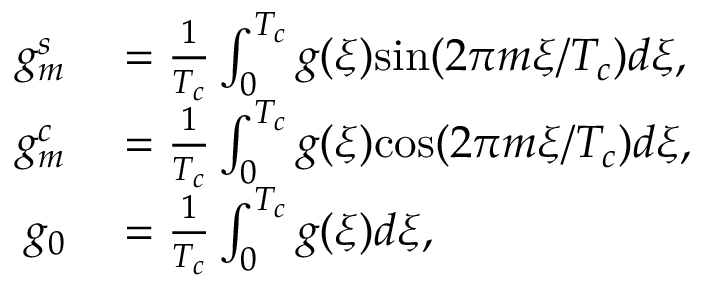
\begin{array} { r l } { g _ { m } ^ { s } } & { { } = \frac { 1 } { T _ { c } } \int _ { 0 } ^ { T _ { c } } g ( \xi ) \mathrm { s i n } ( 2 \pi m \xi / T _ { c } ) d \xi , } \\ { g _ { m } ^ { c } } & { { } = \frac { 1 } { T _ { c } } \int _ { 0 } ^ { T _ { c } } g ( \xi ) \mathrm { c o s } ( 2 \pi m \xi / T _ { c } ) d \xi , } \\ { g _ { 0 } } & { { } = \frac { 1 } { T _ { c } } \int _ { 0 } ^ { T _ { c } } g ( \xi ) d \xi , } \end{array}